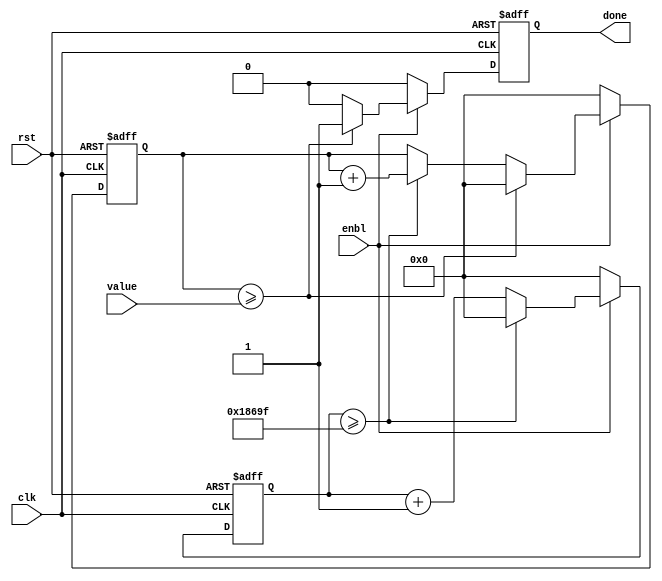
// Timer

// afinogeev

module TIMER (
	input clk,
	input rst,
	input enbl,
	output wire done,
	input wire [31:0] value
);


parameter FCLK = 100000000;
parameter SCALE = 1000; // 1 - s, 1000 - ms, 1000000 - us

localparam period = FCLK/SCALE;

reg [31:0] cnt_clk;
reg [31:0] cnt_time;

reg done_r;
assign done = done_r;

always @(posedge clk or posedge rst) begin
	if(rst) begin
		cnt_clk <= 0;
		cnt_time <= 0;
		done_r <= 0;
	end
	else begin
		if(enbl)
		begin
			cnt_clk <= cnt_clk + 1;
			if(cnt_clk >= period - 1) begin
				cnt_time <= cnt_time + 1;
				cnt_clk <= 0;
			end

			if(cnt_time >= value) begin
				done_r <= 1;
				cnt_time <= 0;
			end
			else
				done_r <= 0;
		end
		else begin
			cnt_clk <= 0;
			cnt_time <= 0;
			done_r <= 0;
		end
			
	end
end

endmodule